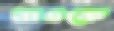
নাওকে